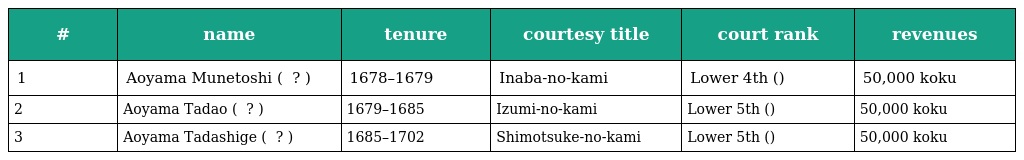
| # | name | tenure | courtesy title | court rank | revenues |
 | --- | --- | --- | --- | --- | --- |
 | 1 | Aoyama Munetoshi ( 青山宗俊 ? ) | 1678–1679 | Inaba-no-kami | Lower 4th (従四位下) | 50,000 koku |
 | 2 | Aoyama Tadao ( 青山忠雄 ? ) | 1679–1685 | Izumi-no-kami | Lower 5th (従五位下) | 50,000 koku |
 | 3 | Aoyama Tadashige ( 青山忠重 ? ) | 1685–1702 | Shimotsuke-no-kami | Lower 5th (従五位下) | 50,000 koku |